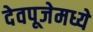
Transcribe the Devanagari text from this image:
देवपूजेमध्ये